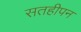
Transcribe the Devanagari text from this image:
सतहीपन